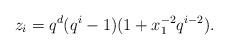
LaTeX: \begin{align*} z_i = q^d (q^i-1)(1 + x_1^{-2} q^{i-2}). \end{align*}